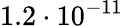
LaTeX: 1.2\cdot 10^{-11}